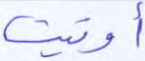
أوتيت